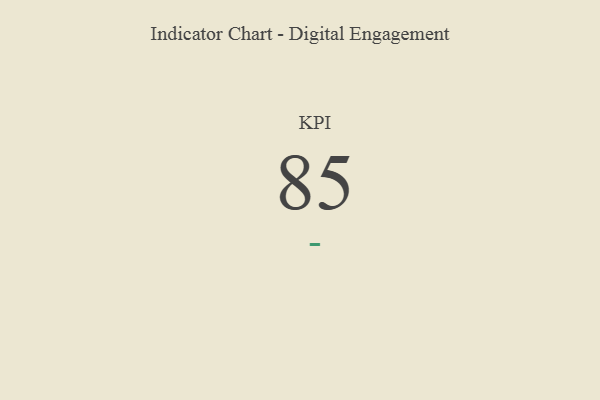
{"axis": {"x": "KPI", "y": "Value"}, "legend": [""], "data": [{"x": "KPI", "y": 85, "type": ""}]}